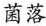
菌落